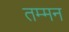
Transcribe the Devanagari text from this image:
तम्मन